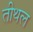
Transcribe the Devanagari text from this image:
तीथल